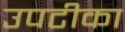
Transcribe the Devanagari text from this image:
उपटीका